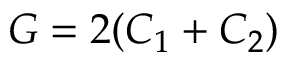
G = 2 ( C _ { 1 } + C _ { 2 } )